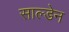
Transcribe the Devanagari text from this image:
साल्डेन